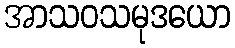
အာသဝသမုဒယော